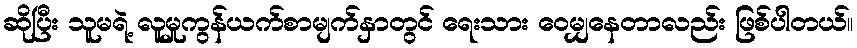
ဆိုပြီး သူမရဲ့ လူမှုကွန်ယက်စာမျက်နှာတွင် ရေးသား ဝေမျှနေတာလည်း ဖြစ်ပါတယ်။